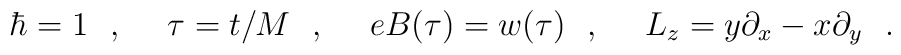
\hbar = 1~~,~~~~\tau = t/M~~,~~~~eB(\tau) = w(\tau)~~,~~~~L_z = y\partial _x -x\partial _y~~.